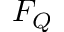
F _ { Q }